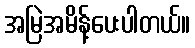
အမြဲအမိန့်ပေးပါတယ်။